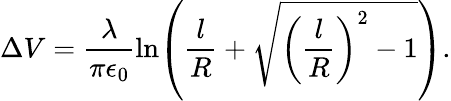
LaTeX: \Delta V=\frac{\lambda}{\pi\epsilon_{0}}\ln\! \left(\frac{l}{R}+\sqrt{\left(\frac{l}{R}\right)^{2}-1}\right).